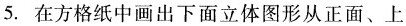
5.在方格纸中画出下面立体图形从正面、上